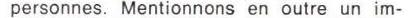
personnes. Mentionnons en outre un im-